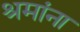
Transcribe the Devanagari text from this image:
श्रमांना